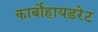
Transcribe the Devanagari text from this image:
कार्बोहायड़रेट